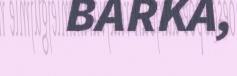
BARKA,